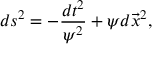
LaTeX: d s ^ { 2 } = - \frac { d t ^ { 2 } } { \psi ^ { 2 } } + \psi d \vec { x } ^ { 2 } ,